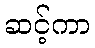
ဆင့်ကာ